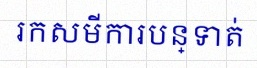
រកសមីការបន្ទាត់